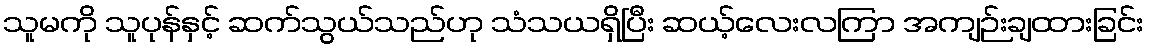
သူမကို သူပုန်နှင့် ဆက်သွယ်သည်ဟု သံသယရှိပြီး ဆယ့်လေးလကြာ အကျဉ်းချထားခြင်း